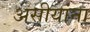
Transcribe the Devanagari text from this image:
असीयांना